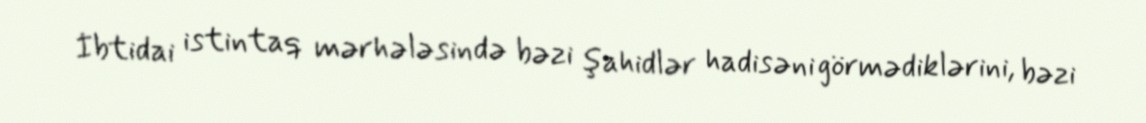
İbtidai istintaq mərhələsində bəzi şahidlər hadisəni görmədiklərini, bəzi